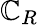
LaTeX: \mathbb{C}_{R}